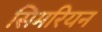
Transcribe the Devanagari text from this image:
सिमरियन